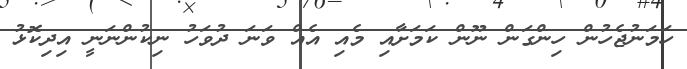
ހަމަނުޖެހުން ހިންގަން ނޫން ކަމަށާއި މެއި އެއް ވަނަ ދުވަހު ނިކުންނަނީ އިދިކޮޅު